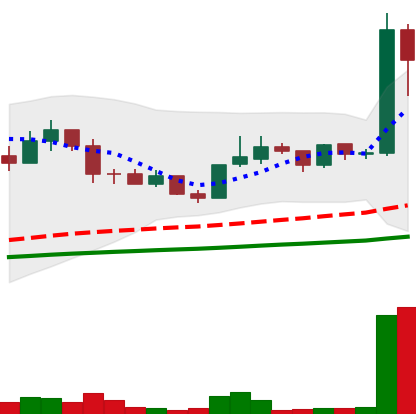
Ticker: LINK-USD
Chart end date: 2019-06-14
Forward return: 9.656%
Label: up_7plus